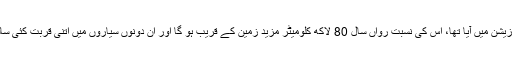
دو سال قبل جب مشتری اس پوزیشن میں آیا تھا، اس کی نسبت رواں سال 80 لاکھ کلومیٹر مزید زمین کے قریب ہو گا اور ان دونوں سیاروں میں اتنی قربت کئی سالوں کے بعد ہونے جا رہی ہے۔